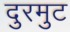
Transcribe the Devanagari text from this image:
दुरमुट